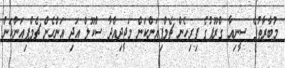
މުބާރާތުގެ ސީނިއާ ގްރޫޕުގެ ފިރިހެން ޗެމްޕިއަންކަން މަޖީދިއްދާ ސްކޫލް އަދި އަންހެން ޗެމްޕިއަންކަން